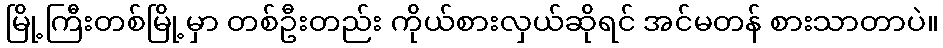
မြို့ကြီးတစ်မြို့မှာ တစ်ဦးတည်း ကိုယ်စားလှယ်ဆိုရင် အင်မတန် စားသာတာပဲ။